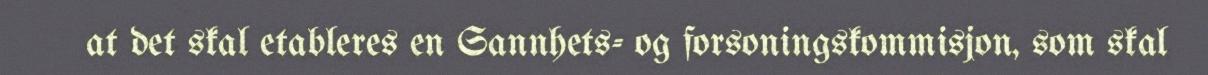
at det skal etableres en Sannhets- og forsoningskommisjon, som skal